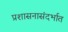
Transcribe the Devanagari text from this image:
प्रशासनासंदर्भात